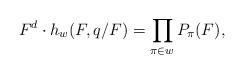
LaTeX: \begin{align*}F^d \cdot h_w(F,q/F) = \prod_{\pi \in w} P_\pi(F),\end{align*}